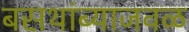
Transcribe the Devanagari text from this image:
बसथांब्याजवळ